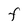
Character: F